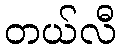
တယ်လီ